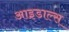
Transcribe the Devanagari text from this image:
आइडाल्स